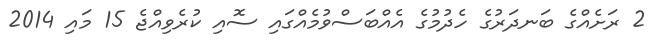
2 ރަށެއްގެ ބަނދަރުގެ ހެދުމުގެ އެއްބަސްވުމެއްގައި ސޮއި ކުރެވިއްޖެ 15 މައި 2014